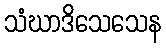
သံဃာဒိသေသေန